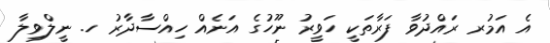
އެ އަމުރ ރައްދުވާ ފަރާތަކީ ހަވީރު ނޫހުގެ އަނެއް ހިއްސާދާރު ހ. ނީލްވިލާ